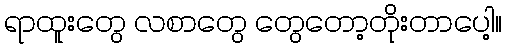
ရာထူးတွေ လစာတွေ တွေတော့တိုးတာပေါ့။